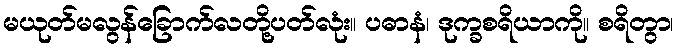
မယုတ်မလွန်ခြောက်လတို့ပတ်လုံး။ ပဓာနံ၊ ဒုက္ခစရိယာကို။ စရိတွာ၊